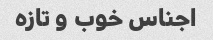
اجناس خوب و تازه